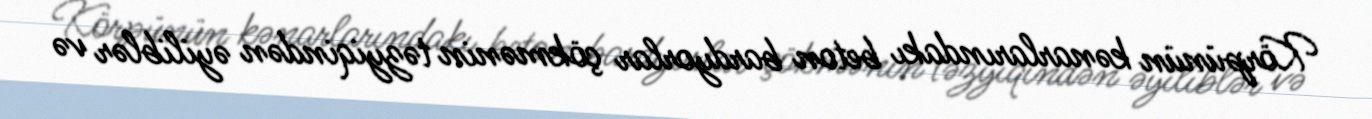
Körpünün kənarlarındakı beton bardyorlar çökmənin təzyiqindən əyiliblər və